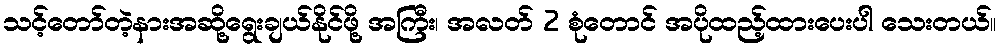
သင့်တော်တဲ့နားအဆို့ရွေးချယ်နိုင်ဖို့ အကြီး၊ အလတ် 2 စုံတောင် အပိုထည့်ထားပေးပါ သေးတယ်။